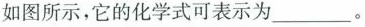
如图所示，它的化学式可表示为___。